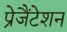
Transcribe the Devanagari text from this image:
प्रेजैंटेशन